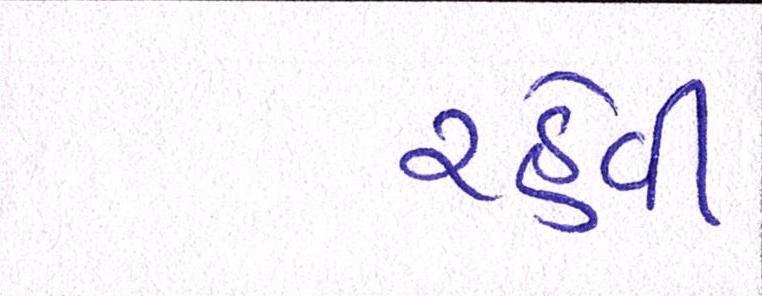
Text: રહેવી